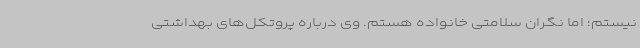
نیستم؛ اما نگران سلامتی خانواده هستم. وی درباره پروتکل‌های بهداشتی